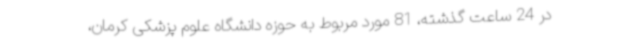
در 24 ساعت گذشته، 81 مورد مربوط به حوزه دانشگاه علوم پزشکی کرمان،